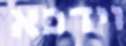
וידכא